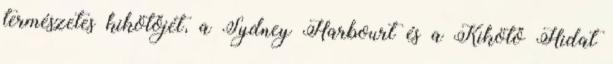
természetes kikötőjét, a Sydney Harbourt és a Kikötő Hidat